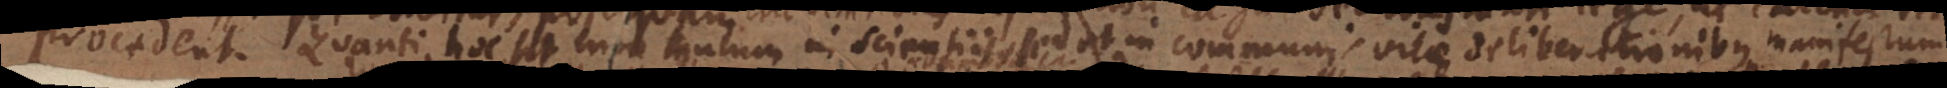
procedent. Quanti hoc sit non tantum in scientiis sed et in communis vitae deliberationibus, manifestum